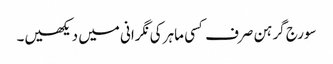
سورج گرہن صرف کسی ماہر کی نگرانی میں دیکھیں۔